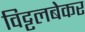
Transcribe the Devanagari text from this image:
विट्टलबेकर